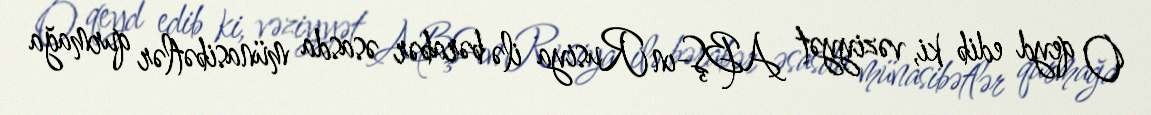
O qeyd edib ki, vəziyyət ABŞ-ın Rusiya ilə bərabər əsasda münasibətlər qurmağa